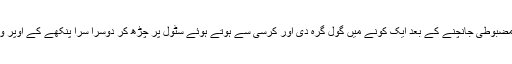
غیر ارادی طور پر اس کی مضبوطی جانچنے کے بعد ایک کونے میں گول گرہ دی اور کرسی سے ہوتے ہوئے سٹول پر چڑھ کر دوسرا سرا پنکھے کے اوپر والے کنڈے میں باندھنے لگا۔